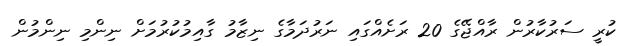
ކުރީ ސަރުކާރުން ރާއްޖޭގެ 20 ރަށެއްގައި ނަރުދަމާގެ ނިޒާމު ގާއިމުކުރުމަށް ނިންމި ނިންމުން